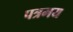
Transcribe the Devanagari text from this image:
पत्रमय